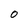
Character: 0